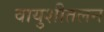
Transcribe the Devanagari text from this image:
वायुशीतलन